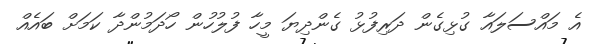
އެ މައްސަލައާ ގުޅިގެން ދަރިފުޅު ގެންދިޔަ މީހާ ފުލުހުން ހޯދަމުންދާ ކަމަށް ބައެއް